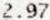
2.97